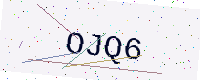
Text: OJQ6